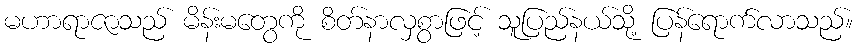
မဟာရာဇာသည် မိန်းမတွေကို စိတ်နာလှစွာဖြင့် သူပြည်နယ်သို့ ပြန်ရောက်လာသည်။